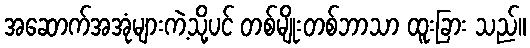
အဆောက်အအုံများကဲ့သို့ပင် တစ်မျိုးတစ်ဘာသာ ထူးခြား သည်။